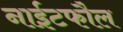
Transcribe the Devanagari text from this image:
नाईटफौल